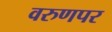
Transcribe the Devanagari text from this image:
वरुणपर